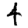
Digit: 4